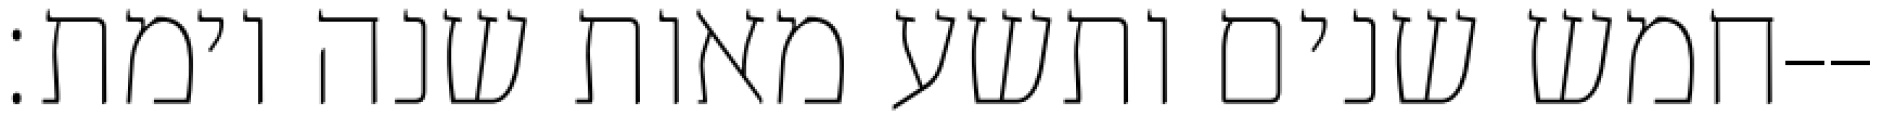
חמש שנים ותשע מאות שנה וימת׃--